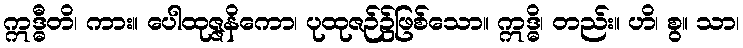
ဣဒ္ဓီတိ၊ ကား။ ပေါထုဇ္ဇနိကော၊ ပုထုဇဉ်၌ဖြစ်သော။ ဣဒ္ဓိ၊ တည်း။ ဟိ၊ စွ။ သာ၊